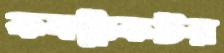
কনট্রাকটর